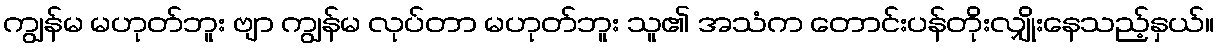
ကျွန်မ မဟုတ်ဘူး ဗျာ ကျွန်မ လုပ်တာ မဟုတ်ဘူး သူ၏ အသံက တောင်းပန်တိုးလျှိုးနေသည့်နှယ်။